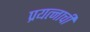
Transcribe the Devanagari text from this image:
प्रयत्नाची